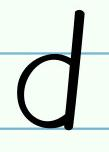
d